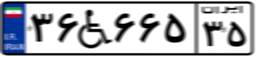
۰۸W۵۵۹۹۸